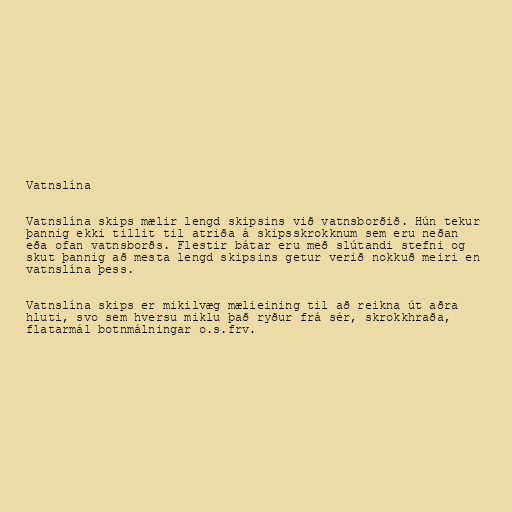
Vatnslína

Vatnslína skips mælir lengd skipsins við vatnsborðið. Hún tekur
þannig ekki tillit til atriða á skipsskrokknum sem eru neðan
eða ofan vatnsborðs. Flestir bátar eru með slútandi stefni og
skut þannig að mesta lengd skipsins getur verið nokkuð meiri en
vatnslína þess.

Vatnslína skips er mikilvæg mælieining til að reikna út aðra
hluti, svo sem hversu miklu það ryður frá sér, skrokkhraða,
flatarmál botnmálningar o.s.frv.